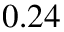
0 . 2 4